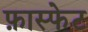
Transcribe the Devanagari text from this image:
फ़ास्फेट